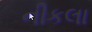
નીકલા